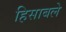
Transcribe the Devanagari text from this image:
हिसाबले